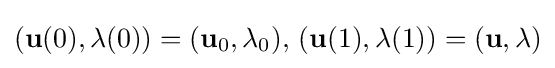
(\mathbf {u} (0),\lambda (0))=(\mathbf {u} _{0},\lambda _{0}),\,(\mathbf {u} (1),\lambda (1))=(\mathbf {u} ,\lambda )